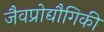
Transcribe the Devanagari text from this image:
जैवप्रोद्यौगिकी